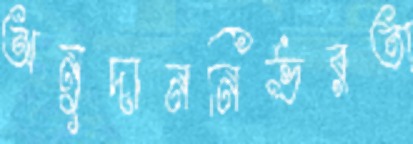
অনুদাননির্ভরতা